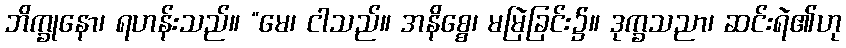
ဘိက္ခုနော၊ ရဟန်းသည်။ “မေ၊ ငါသည်။ အနိစ္စေ၊ မမြဲခြင်း၌။ ဒုက္ခသညာ၊ ဆင်းရဲ၏ဟု